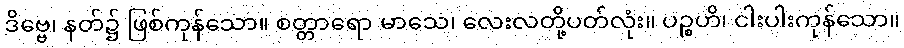
ဒိဗ္ဗေ၊ နတ်၌ ဖြစ်ကုန်သော။ စတ္တာရော မာသေ၊ လေးလတို့ပတ်လုံး။ ပဉ္စဟိ၊ ငါးပါးကုန်သော။